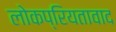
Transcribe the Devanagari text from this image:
लोकप्रियतावाद